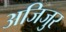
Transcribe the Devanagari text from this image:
अजिजुर